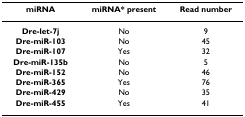
| miRNA | miRNA* present | Read number |
 | --- | --- | --- |
 | Dre-let-7j | No | 9 |
 | Dre-miR-103 | No | 45 |
 | Dre-miR-107 | Yes | 32 |
 | Dre-miR-135b | No | 5 |
 | Dre-miR-152 | No | 46 |
 | Dre-miR-365 | Yes | 76 |
 | Dre-miR-429 | No | 35 |
 | Dre-miR-455 | Yes | 41 |